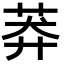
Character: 莽